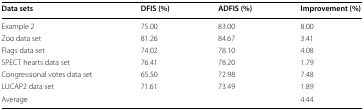
<table><thead><tr><td><b>Data sets</b></td><td><b>DFIS (%)</b></td><td><b>ADFIS (%)</b></td><td><b>Improvement (%)</b></td></tr></thead><tbody><tr><td>Example 2</td><td>75.00</td><td>83.00</td><td>8.00</td></tr><tr><td>Zoo data set</td><td>81.26</td><td>84.67</td><td>3.41</td></tr><tr><td>Flags data set</td><td>74.02</td><td>78.10</td><td>4.08</td></tr><tr><td>SPECT hearts data set</td><td>76.41</td><td>78.20</td><td>1.79</td></tr><tr><td>Congressional votes data set</td><td>65.50</td><td>72.98</td><td>7.48</td></tr><tr><td>LUCAP2 data set</td><td>71.61</td><td>73.49</td><td>1.89</td></tr><tr><td colspan="3">Average</td><td>4.44</td></tr></tbody></table>